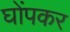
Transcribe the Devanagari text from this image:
घोंपकर